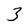
Character: 3